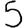
Digit: 5